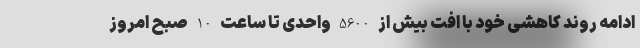
ادامه روند کاهشی خود با افت بیش از 5600 واحدی تا ساعت 10 صبح امروز